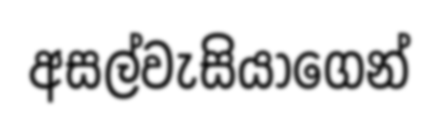
අසල්වැසියාගෙන්